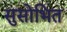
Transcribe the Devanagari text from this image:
सुसोभित